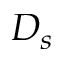
D _ { s }